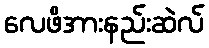
လေဖိအားနည်းဆဲလ်